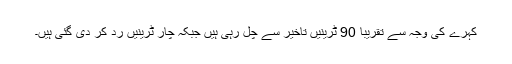
کہرے کی وجہ سے تقریبا 90 ٹرینیں تاخیر سے چل رہی ہیں جبکہ چار ٹرینیں رد کر دی گئی ہیں۔